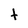
Character: t